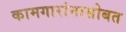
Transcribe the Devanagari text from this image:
कामगारांनासोबत